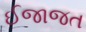
ઈજાજત